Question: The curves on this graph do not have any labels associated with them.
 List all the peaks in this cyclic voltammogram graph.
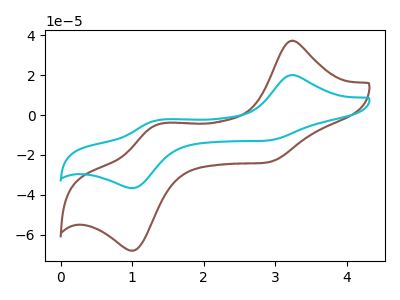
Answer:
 <answer>The brown curve "brown" has anodic peaks at (3.20V, 37.25uA) (1.35V, -4.70uA) and cathodic peaks at (2.85V, -23.85uA) (1.00V, -68.00uA). The cyan curve "cyan" has anodic peaks at (3.20V, 20.05uA) (1.35V, -2.50uA) and cathodic peaks at (2.85V, -12.85uA) (1.00V, -36.60uA).</answer>
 <eval></eval>